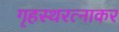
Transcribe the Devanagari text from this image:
गृहस्थरत्नाकर